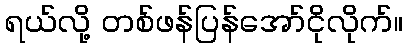
ရယ်လို့ တစ်ဖန်ပြန်အော်ငိုလိုက်။